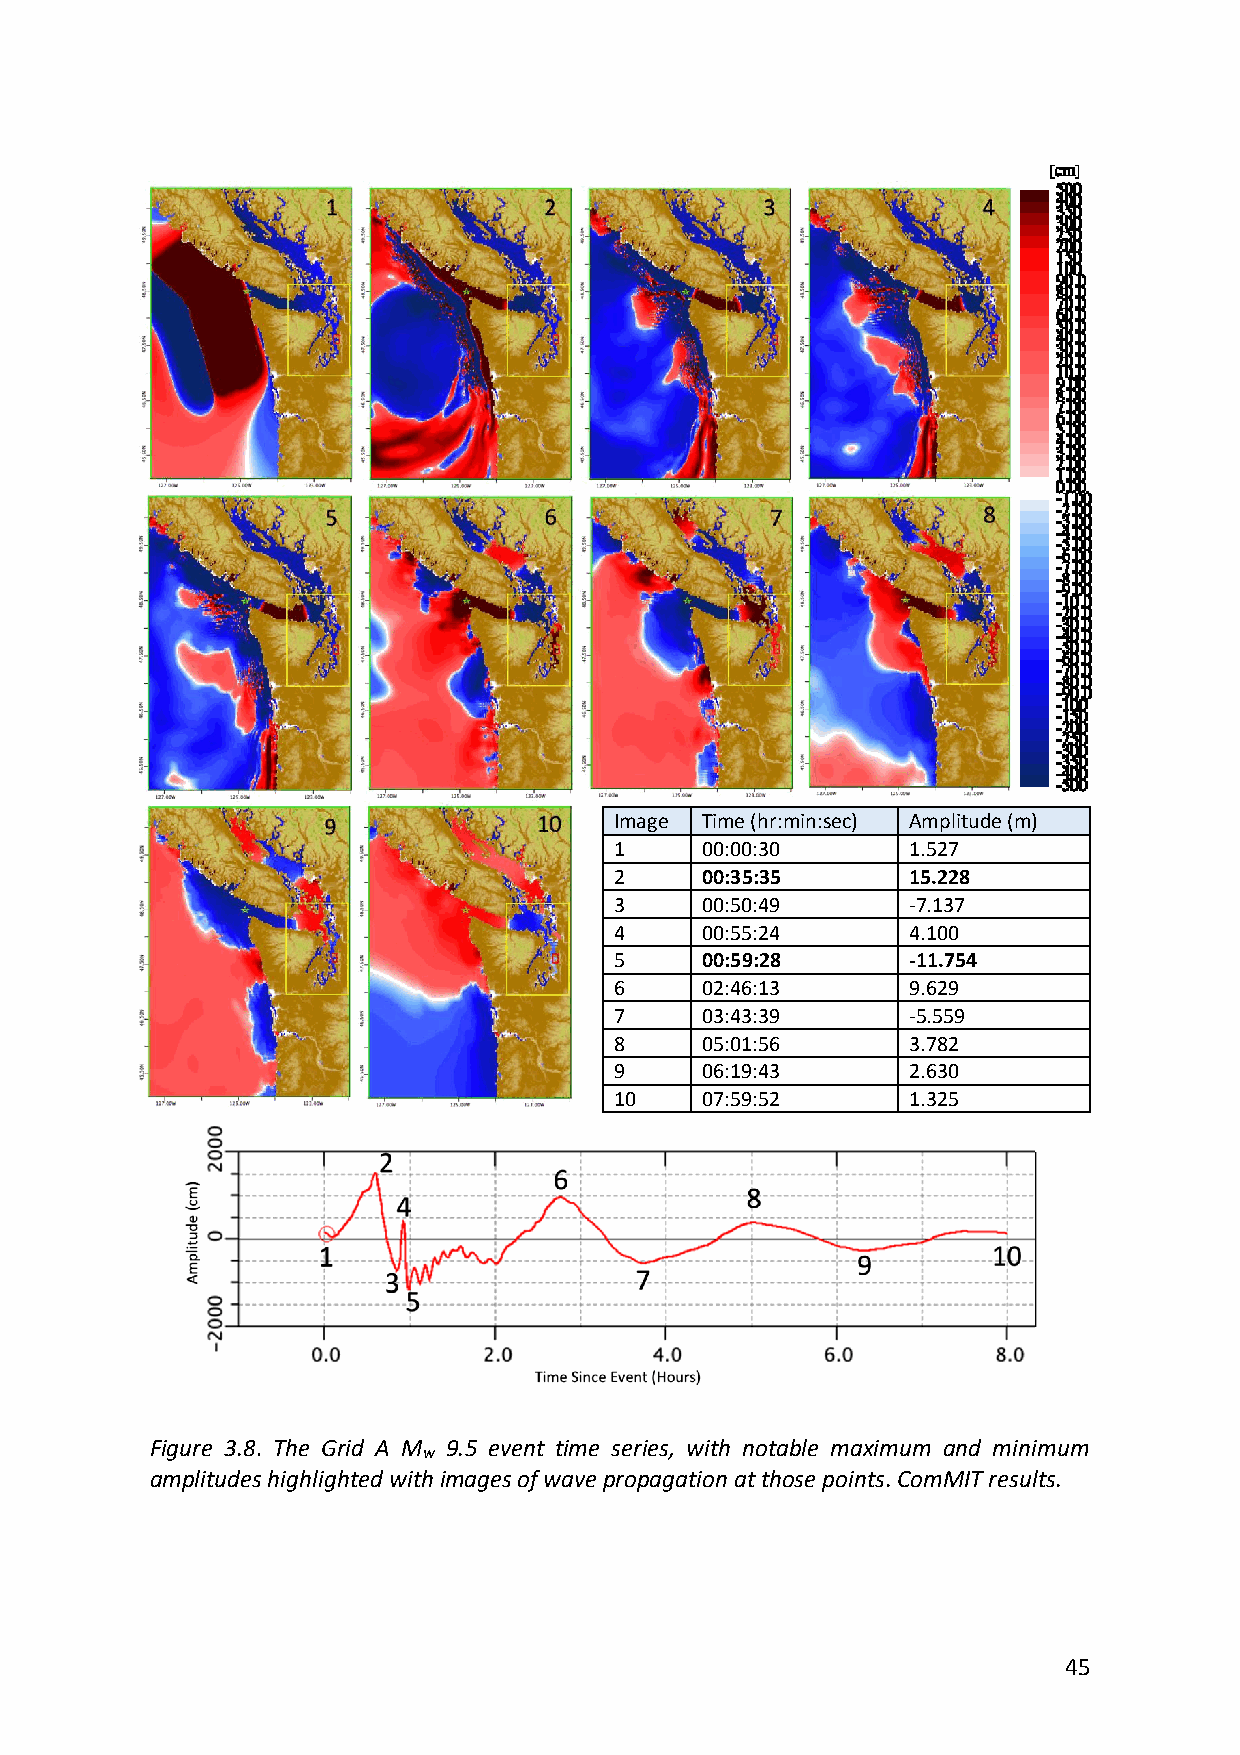
Image Time (hr:min:sec) Amplitude (m)
 1    00:00:30      1.527
 2    00:35:35      15.228
 3    00:50:49      -7.137
 4    00:55:24      4.100
 5    00:59:28      -11.754
 6    02:46:13      9.629
 7    03:43:39      -5.559
 8    05:01:56      3.782
 9    06:19:43      2.630
 10   07:59:52      1.325
 Figure 3.8. The Grid A M 9.5 event time series, with notable maximum and minimum
 w
 amplitudes highlighted with images of wave propagation at those points. ComMIT results.
 45